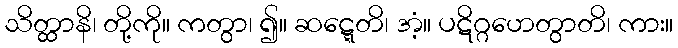
သိတ္ထာနိ၊ တို့ကို။ ကတွာ၊ ၍။ ဆဋ္ဋေတိ၊ အံ့။ ပဋိဂ္ဂဟေတွာတိ၊ ကား။